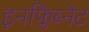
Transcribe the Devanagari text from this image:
इनफ्लिब्नेट